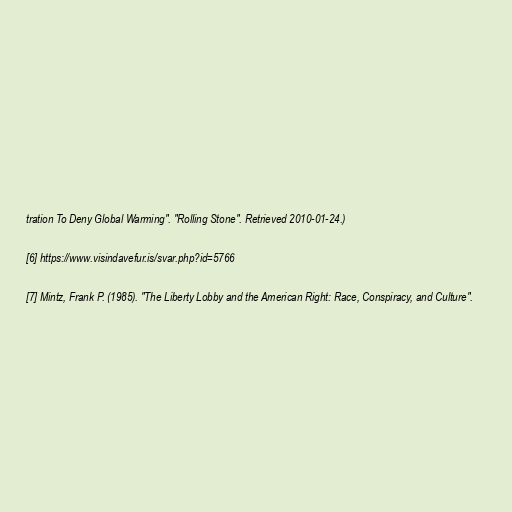
tration To Deny Global Warming". "Rolling Stone". Retrieved 2010-01-24.)

[6] https://www.visindavefur.is/svar.php?id=5766

[7] Mintz, Frank P. (1985). "The Liberty Lobby and the American Right: Race, Conspiracy, and Culture".